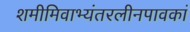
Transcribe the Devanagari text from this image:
शमीमिवाभ्यंतरलीनपावकां